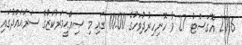
2016 އޮގަސްޓު 27 ވާ ހޮނިހިރުދުވަހުގެ 10:00 ގައި މި ޞިއްޙީމަރުކަޒުގެ ސަރަޙައްދުގައި